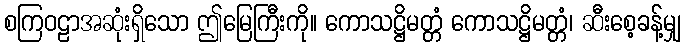
စကြဝဠာအဆုံးရှိသော ဤမြေကြီးကို။ ကောသဋ္ဌိမတ္တံ ကောသဋ္ဌိမတ္တံ၊ ဆီးစေ့ခန့်မျှ